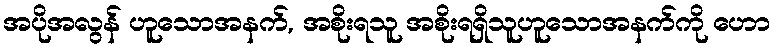
အပိုအလွန် ဟူသောအနက်, အစိုးရသူ အစိုးရရှိသူဟူသောအနက်ကို ဟော